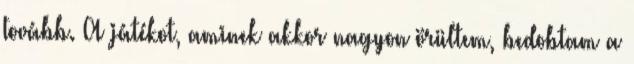
tovább. A játékot, aminek akkor nagyon örültem, bedobtam a